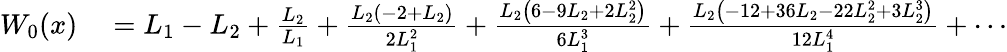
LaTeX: \begin{array}{rl}{W_{0}(x)}&{{}=L_{1}-L_{2}+{\frac{L_{2}}{L_{1}}}+{\frac{L_{2}\left(-2+L_{2}\right)}{2L_{1}^{2}}}+{\frac{L_{2}\left(6-9L_{2}+2L_{2}^{2}\right)}{6L_{1}^{3}}}+{\frac{L_{2}\left(-12+36L_{2}-22L_{2}^{2}+3L_{2}^{3}\right)}{12L_{1}^{4}}}+\cdots}\end{array}